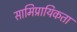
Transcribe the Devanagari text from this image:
सामिप्रायिकता